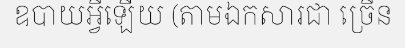
ឧបាយអ្វីឡើយ (តាមឯកសារជា ច្រើន